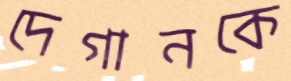
দেগানকে